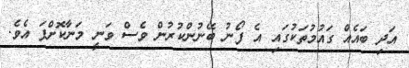
އަދި ބައެއް ގައުމުތަކުގައި އެ ފޯނު ބޭނުންކުރުން ވެސް ވަނީ މަނާކޮށްފަ އެވެ.